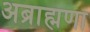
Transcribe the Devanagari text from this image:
अब्राह्मणा